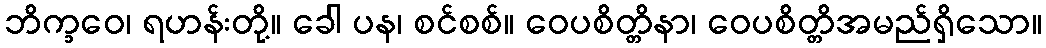
ဘိက္ခဝေ၊ ရဟန်းတို့။ ခေါ ပန၊ စင်စစ်။ ဝေပစိတ္တိနာ၊ ဝေပစိတ္တိအမည်ရှိသော။